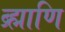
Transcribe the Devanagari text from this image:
ब्र्ह्माणि